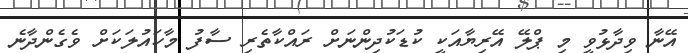
އޭނާ ވިދާޅުވީ މި ޕްލޭ އޭރިޔާއަކީ ކުޑަކުދިންނަށް ރައްކާތެރި ސާފު މާހައުލަކަށް ވެގެންދާނެ